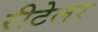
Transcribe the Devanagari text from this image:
रीटेलर